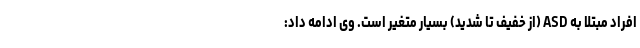
افراد مبتلا به ASD (از خفیف تا شدید) بسیار متغیر است. وی ادامه داد: